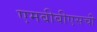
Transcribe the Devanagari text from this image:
एमबीबीएसची